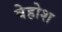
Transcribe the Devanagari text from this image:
वेहोश